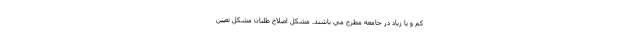
كم و يا زياد در جامعه مطرح مي باشند. مشكل اصلاح طلبان مشكل تعيين